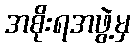
အစိုးရအဖွဲ့မှ